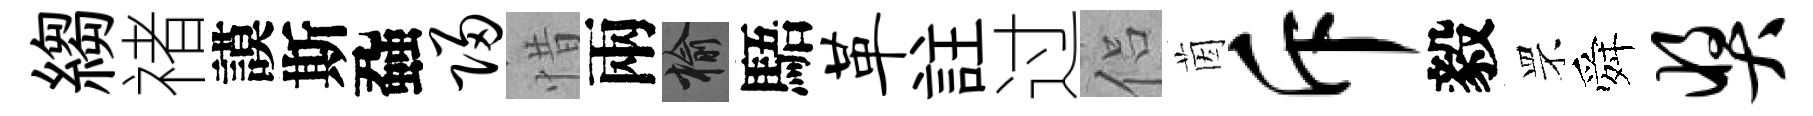
縐禇謨斯蝨归惜兩榆䮏革註过侣茵斥毅罘舜奖